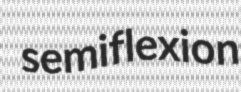
semiflexion